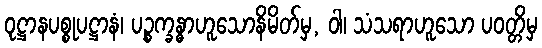
ဝုဋ္ဌာနပစ္စုပဋ္ဌာနံ၊ ပဉ္စက္ခန္ဓာဟူသောနိမိတ်မှ, ဝါ၊ သံသရာဟူသော ပဝတ္တိမှ